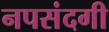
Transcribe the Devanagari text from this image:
नपसंदगी